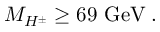
M _ { H ^ { \pm } } \geq 6 9 \mathrm { ~ G e V } \; .